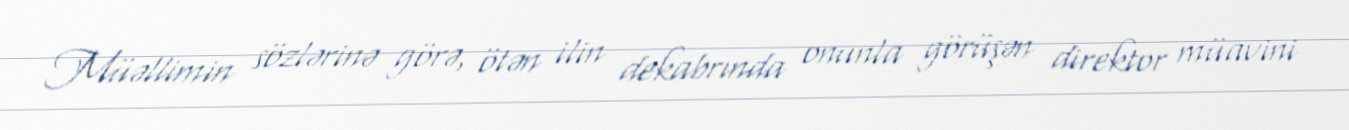
Müəllimin sözlərinə görə, ötən ilin dekabrında onunla görüşən direktor müavini